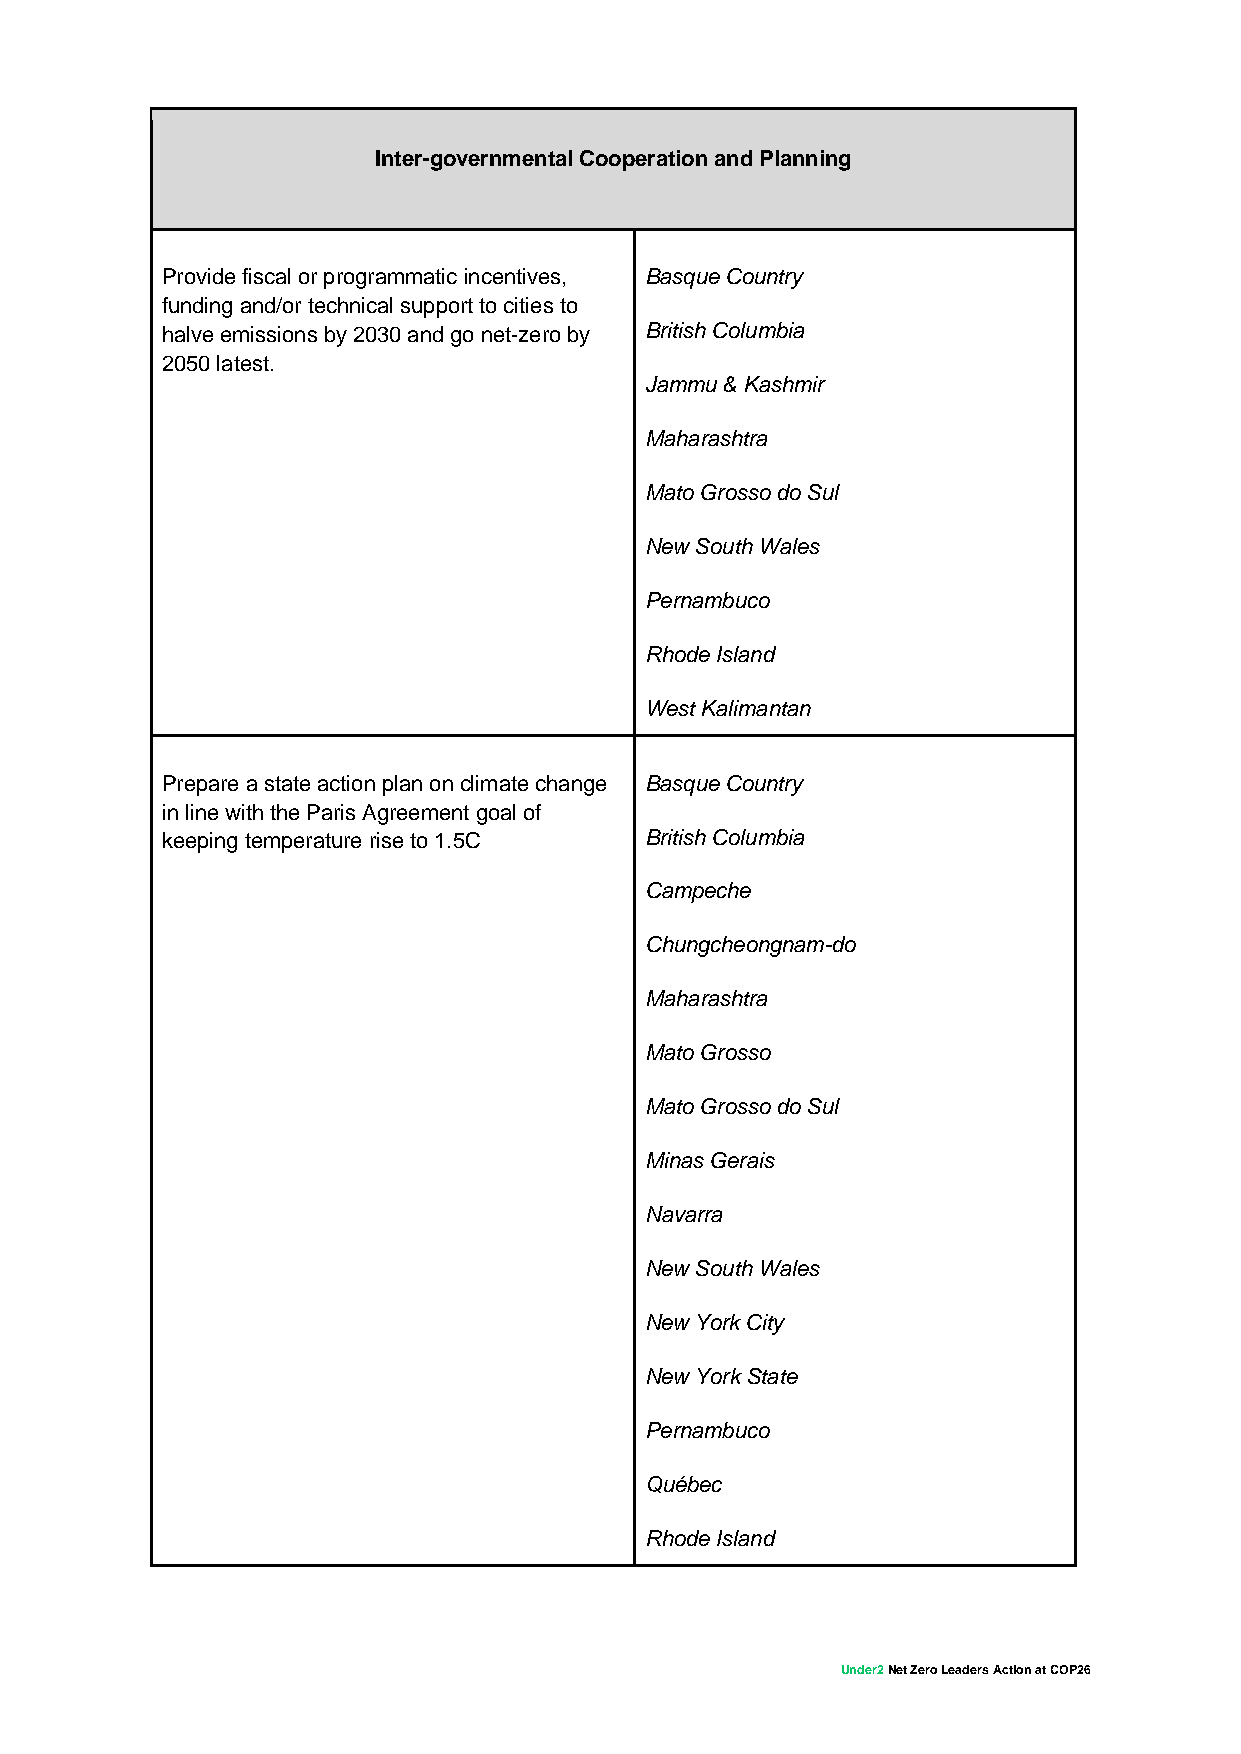
Inter-governmental Cooperation and Planning
 Provide fiscal or programmatic incentives, Basque Country
 funding and/or technical support to cities to
 halve emissions by 2030 and go net-zero by British Columbia
 2050 latest.
 Jammu & Kashmir
 Maharashtra
 Mato Grosso do Sul
 New South Wales
 Pernambuco
 Rhode Island
 West Kalimantan
 Prepare a state action plan on climate change Basque Country
 in line with the Paris Agreement goal of
 keeping temperature rise to 1.5C British Columbia
 Campeche
 Chungcheongnam-do
 Maharashtra
 Mato Grosso
 Mato Grosso do Sul
 Minas Gerais
 Navarra
 New South Wales
 New York City
 New York State
 Pernambuco
 Québec
 Rhode Island
 Under2 Net Zero Leaders Action at COP26